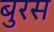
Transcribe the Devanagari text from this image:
बुरस